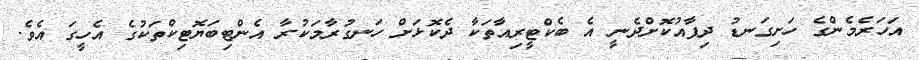
އަހަރެމެންގެ ހަށިގަނޑު ދިފާއުކޮށްދެނީ އެ ބެކްޓީރިއާތަކާ ދެކޮޅަށް ހަނގުރާމަކުރާ އެންޓިބަޔޮޓިކްތަކުގެ އެހީގަ އެވެ.